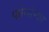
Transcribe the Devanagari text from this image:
फोन्सेन्का